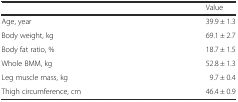
<table><thead><tr><td></td><td><b>Value</b></td></tr></thead><tbody><tr><td>Age, year</td><td>39.9 ± 1.3</td></tr><tr><td>Body weight, kg</td><td>69.1 ± 2.7</td></tr><tr><td>Body fat ratio, %</td><td>18.7 ± 1.5</td></tr><tr><td>Whole BMM, kg</td><td>52.8 ± 1.3</td></tr><tr><td>Leg muscle mass, kg</td><td>9.7 ± 0.4</td></tr><tr><td>Thigh circumference, cm</td><td>46.4 ± 0.9</td></tr></tbody></table>